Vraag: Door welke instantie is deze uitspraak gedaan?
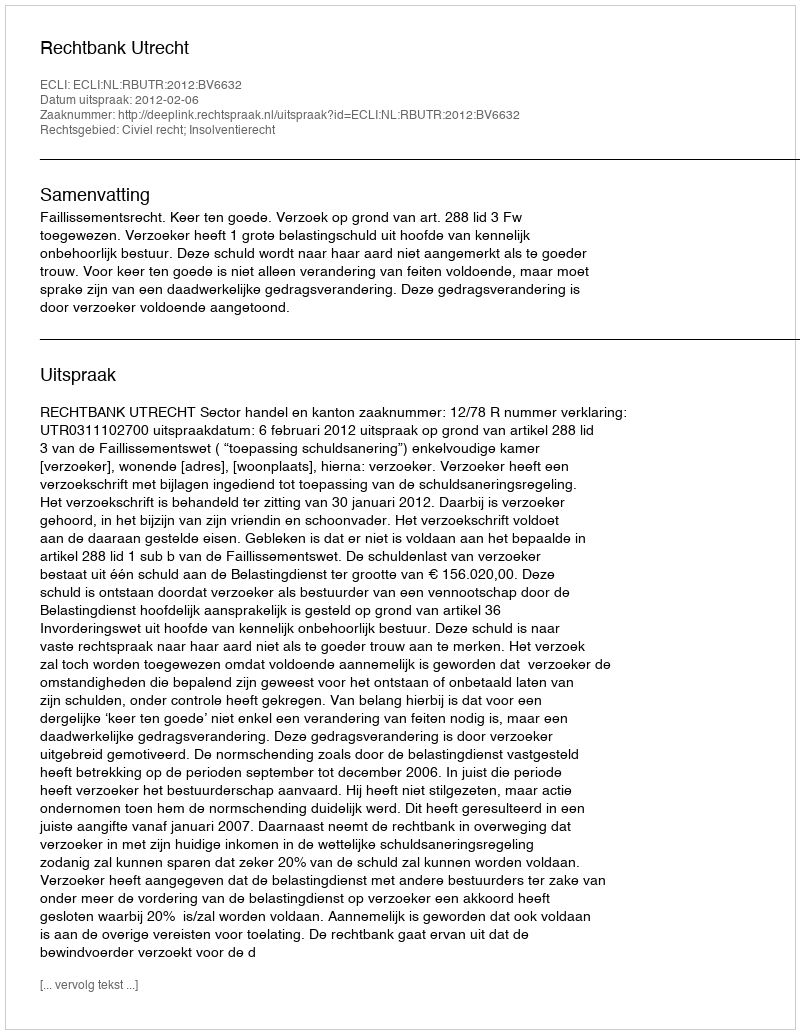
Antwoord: Rechtbank Utrecht